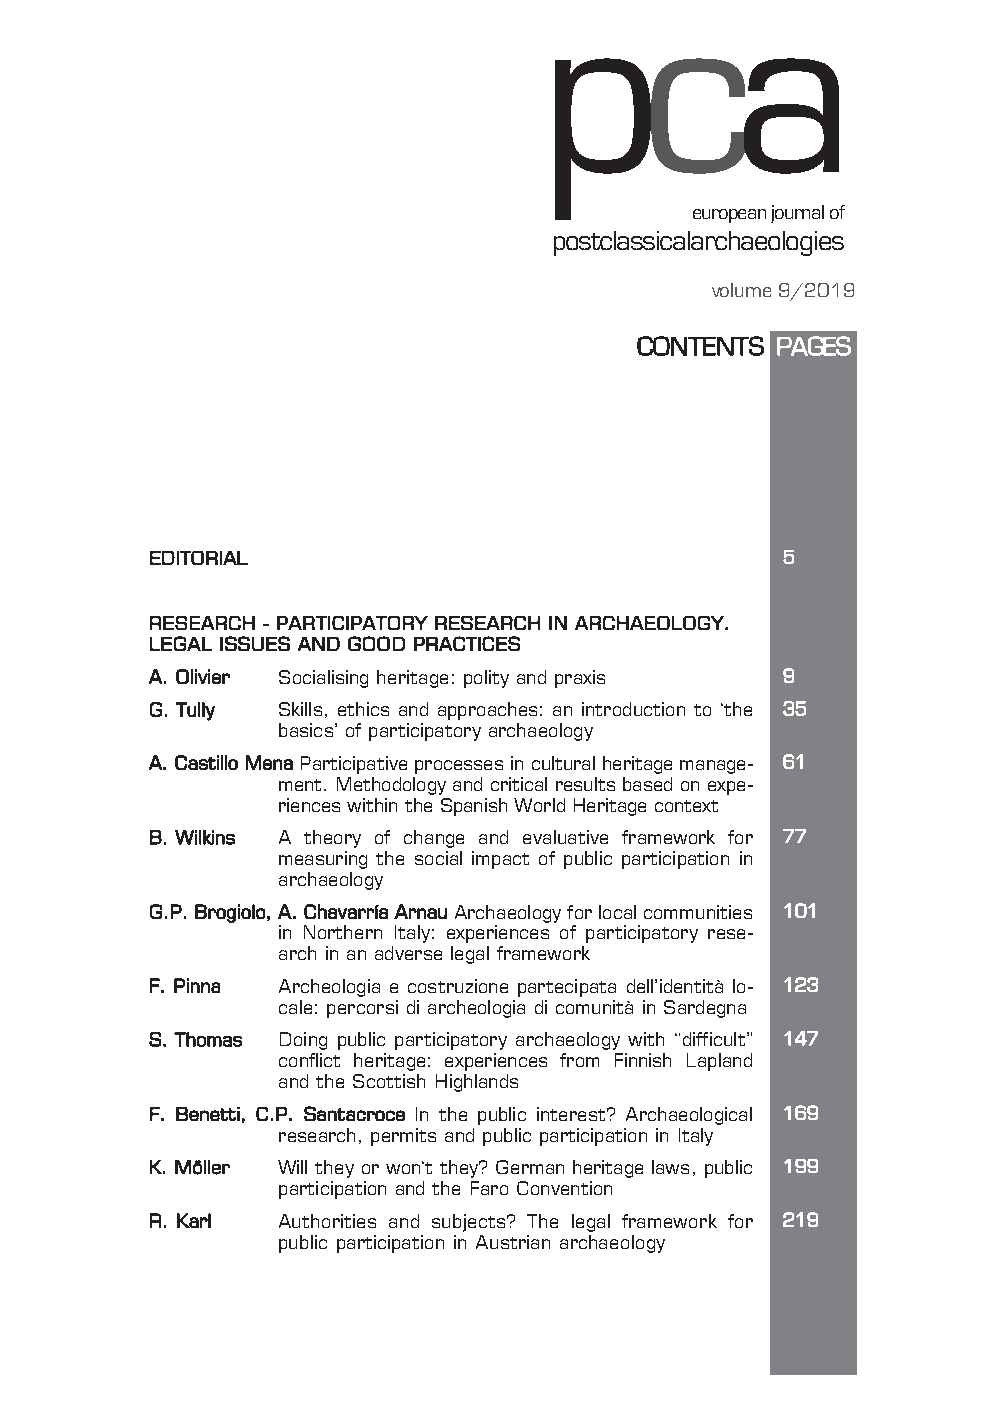
pca
 european journal of
 postclassicalarchaeologies
 volume 9/2019
 CONTENTS PAGES
 EDITORIAL                                 5
 RESEARCH - PARTICIPATORY RESEARCH IN ARCHAEOLOGY.
 LEGAL ISSUES AND GOOD PRACTICES
 A. Olivier Socialising heritage: polity and praxis 9
 G. Tully Skills, ethics and approaches: an introduction to ‘the 35
 basics’ of participatory archaeology
 A. Castillo MenaParticipative processes in cultural heritage manage- 61
 ment. Methodology and critical results based on expe-
 riences within the Spanish World Heritage context
 B. Wilkins A theory of change and evaluative framework for 77
 measuring the social impact of public participation in
 archaeology
 G.P. Brogiolo, A. Chavarría Arnau Archaeology for local communities 101
 in Northern Italy: experiences of participatory rese-
 arch in an adverse legal framework
 F. Pinna Archeologia e costruzione partecipata dell’identità lo- 123
 cale: percorsi di archeologia di comunità in Sardegna
 S. Thomas Doing public participatory archaeology with “difficult” 147
 conflict heritage: experiences from Finnish Lapland
 and the Scottish Highlands
 F. Benetti, C.P. Santacroce In the public interest? Archaeological 169
 research, permits and public participation in Italy
 K. Möller Will they or won‘t they? German heritage laws, public 199
 participation and the Faro Convention
 R. Karl Authorities and subjects? The legal framework for 219
 public participation in Austrian archaeology